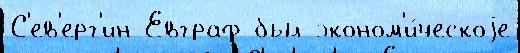
С'ев'ерг'ин Евграф был эконом'и́ческоjе